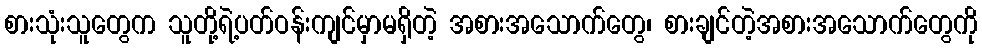
စားသုံးသူတွေက သူတို့ရဲ့ပတ်ဝန်းကျင်မှာမရှိတဲ့ အစားအသောက်တွေ၊ စားချင်တဲ့အစားအသောက်တွေကို